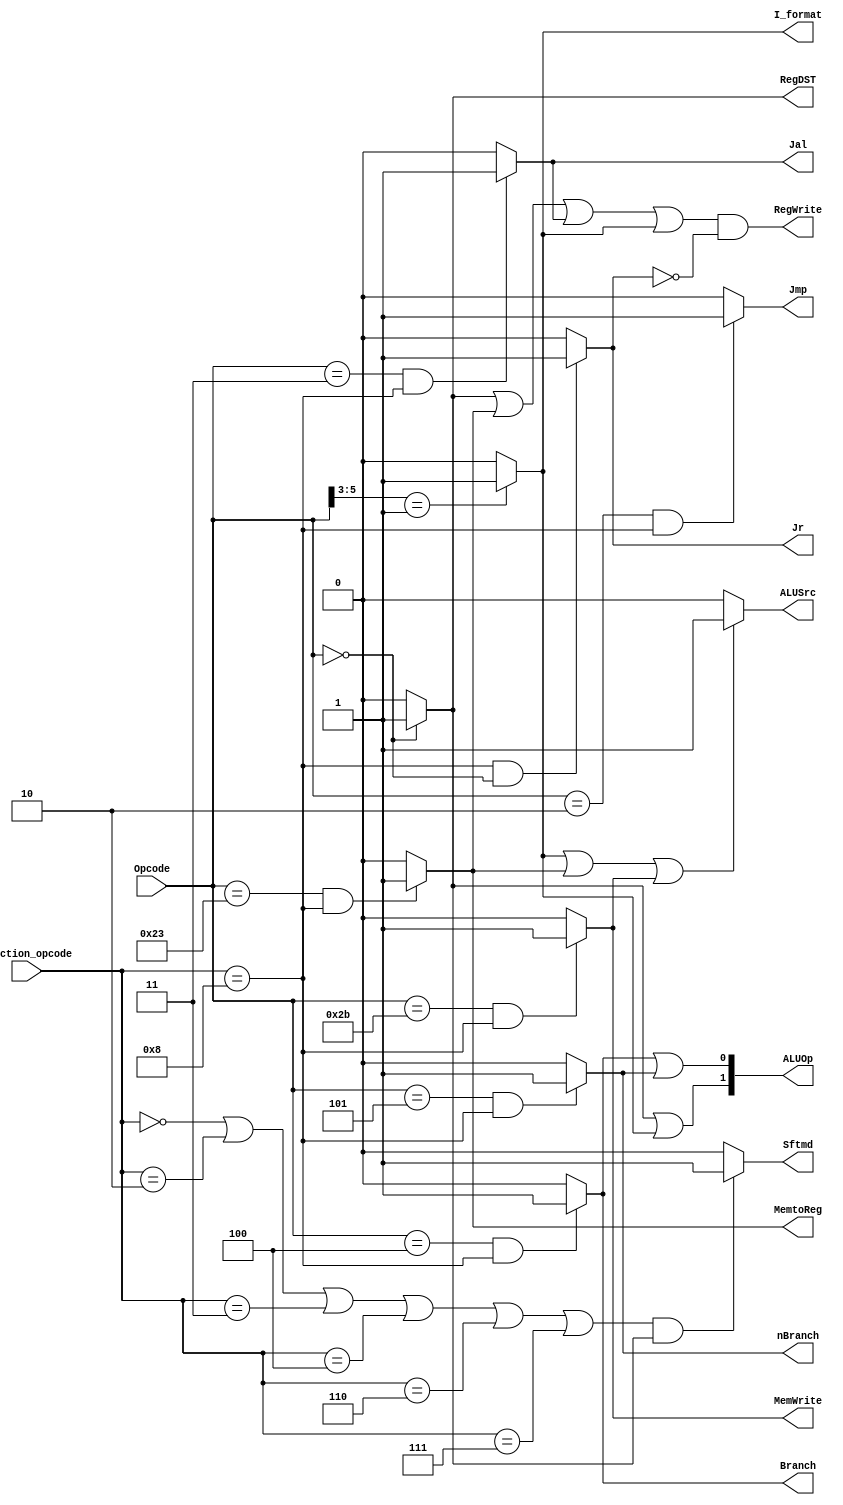
`timescale 1ns / 1ps
//////////////////////////////////////////////////////////////////////////////////
// Company: 
// Engineer: 
// 
// Design Name: 
// Module Name: CS202_lab10
// Project Name: 
// Target Devices: 
// Tool Versions: 
// Description: 
// 
// Dependencies: 
// 
// Revision:
// Revision 0.01 - File Created
// Additional Comments:
// 
//////////////////////////////////////////////////////////////////////////////////


module control32(
    input [5:0]Opcode,      // instruction[31:26]
    input [5:0]Function_opcode,     // r-type instruction[5:0]
    output Jr,      // 1 means jr
    output Jmp,     // 1 means j
    output Jal,     // 1 means jal
    output Branch,      // 1 means beq 
    output nBranch,     // 1 means bne
    output RegDST,      // 1 means the destination register is rd, 0 means the destination register is rt
    output MemtoReg,        // 1 means need to load data from memory to register
    output RegWrite,        // 1 means need to write register
    output MemWrite,        // 1 means need to write memory
    output ALUSrc,      // 1 means the second operation number is immediate number
    output I_format,        // 1 means the instruction is I_type(except for beq, bne, lw and sw)
    output Sftmd,       // 1 means the instruction is shift cmd
    output [1:0] ALUOp
    );

    wire R_format,Lw;

    assign Lw=((Opcode==6'h23) && (Function_opcode==6'h08)) ? 1'b1 : 1'b0;
    assign R_format = (Opcode==6'b000000)? 1'b1:1'b0;

    assign Jr =((Function_opcode==6'b001000)&&(Opcode==6'b000000)) ? 1'b1 : 1'b0;
    assign Jmp = (Opcode==6'h02 && Function_opcode==6'h08)? 1'b1:1'b0;
    assign Jal = (Opcode==6'h03 && Function_opcode==6'h08)? 1'b1:1'b0;
    assign Branch = (Opcode==6'h04 && Function_opcode==6'h08)? 1'b1:1'b0;
    assign nBranch = (Opcode==6'h05 && Function_opcode==6'h08)? 1'b1:1'b0;

    assign RegDST = R_format;
    assign MemtoReg = (Opcode==6'h23 && Function_opcode==6'h08)? 1'b1:1'b0;
    assign RegWrite = (R_format || Lw || Jal || I_format) && !(Jr);
    assign MemWrite = (Opcode==6'h2b && Function_opcode==6'h08)? 1'b1:1'b0;
    assign ALUSrc = (I_format || Lw || MemWrite) ? 1'b1 : 1'b0;
    assign I_format = (Opcode[5:3]==3'b001)?1'b1:1'b0;
    
    assign Sftmd = (((Function_opcode==6'b000000)||(Function_opcode==6'b000010)||(Function_opcode==6'b000011)||(Function_opcode==6'b000100)||(Function_opcode==6'b000110)||(Function_opcode==6'b000111))&& R_format)? 1'b1:1'b0;
    assign ALUOp = {(R_format || I_format),(Branch || nBranch)};


endmodule